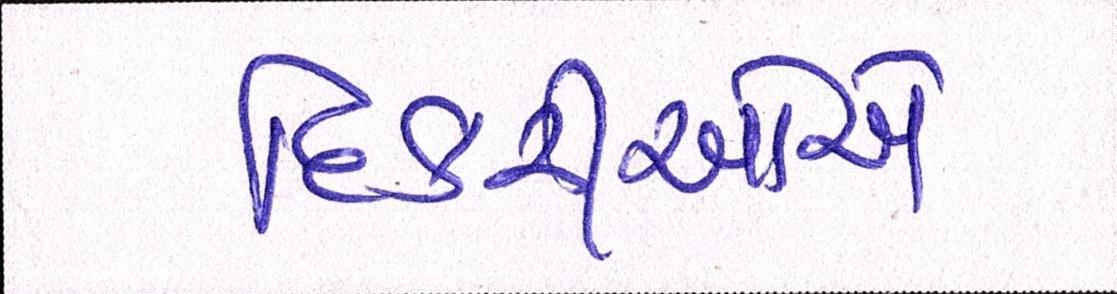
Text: દિકરીઓએ